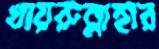
খায়রুন্নাহার